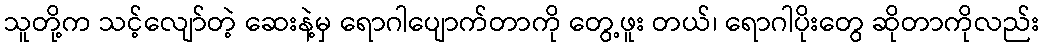
သူတို့က သင့်လျော်တဲ့ ဆေးနဲ့မှ ရောဂါပျောက်တာကို တွေ့ဖူး တယ်၊ ရောဂါပိုးတွေ ဆိုတာကိုလည်း